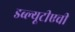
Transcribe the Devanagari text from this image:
डब्ल्यूटीएची